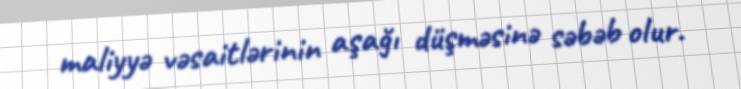
maliyyə vəsaitlərinin aşağı düşməsinə səbəb olur.